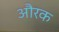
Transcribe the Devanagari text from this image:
औरक